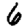
Digit: 6